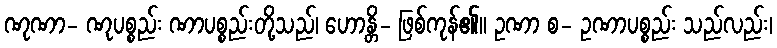
ဏုဏာ- ဏုပစ္စည်း ဏာပစ္စည်းတို့သည်၊ ဟောန္တိ- ဖြစ်ကုန်၏။ ဥဏာ စ- ဥဏာပစ္စည်း သည်လည်း၊